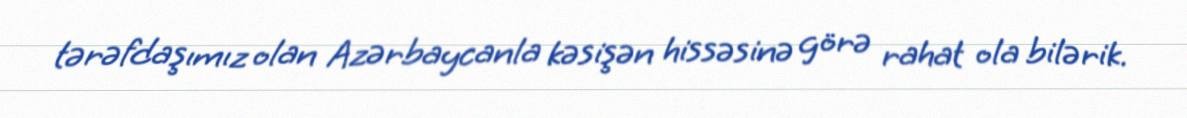
tərəfdaşımız olan Azərbaycanla kəsişən hissəsinə görə rahat ola bilərik.